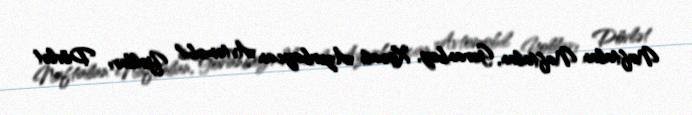
Naftalan Naftalan, Goranboy, Xocalı Azərbaycan Avtomobil Yolları Dövlət